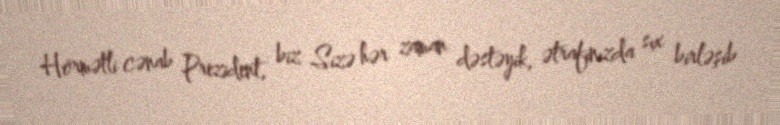
Hörmətli cənab Prezident, biz Sizə hər zaman dəstəyik, ətrafınızda sıx birləşib